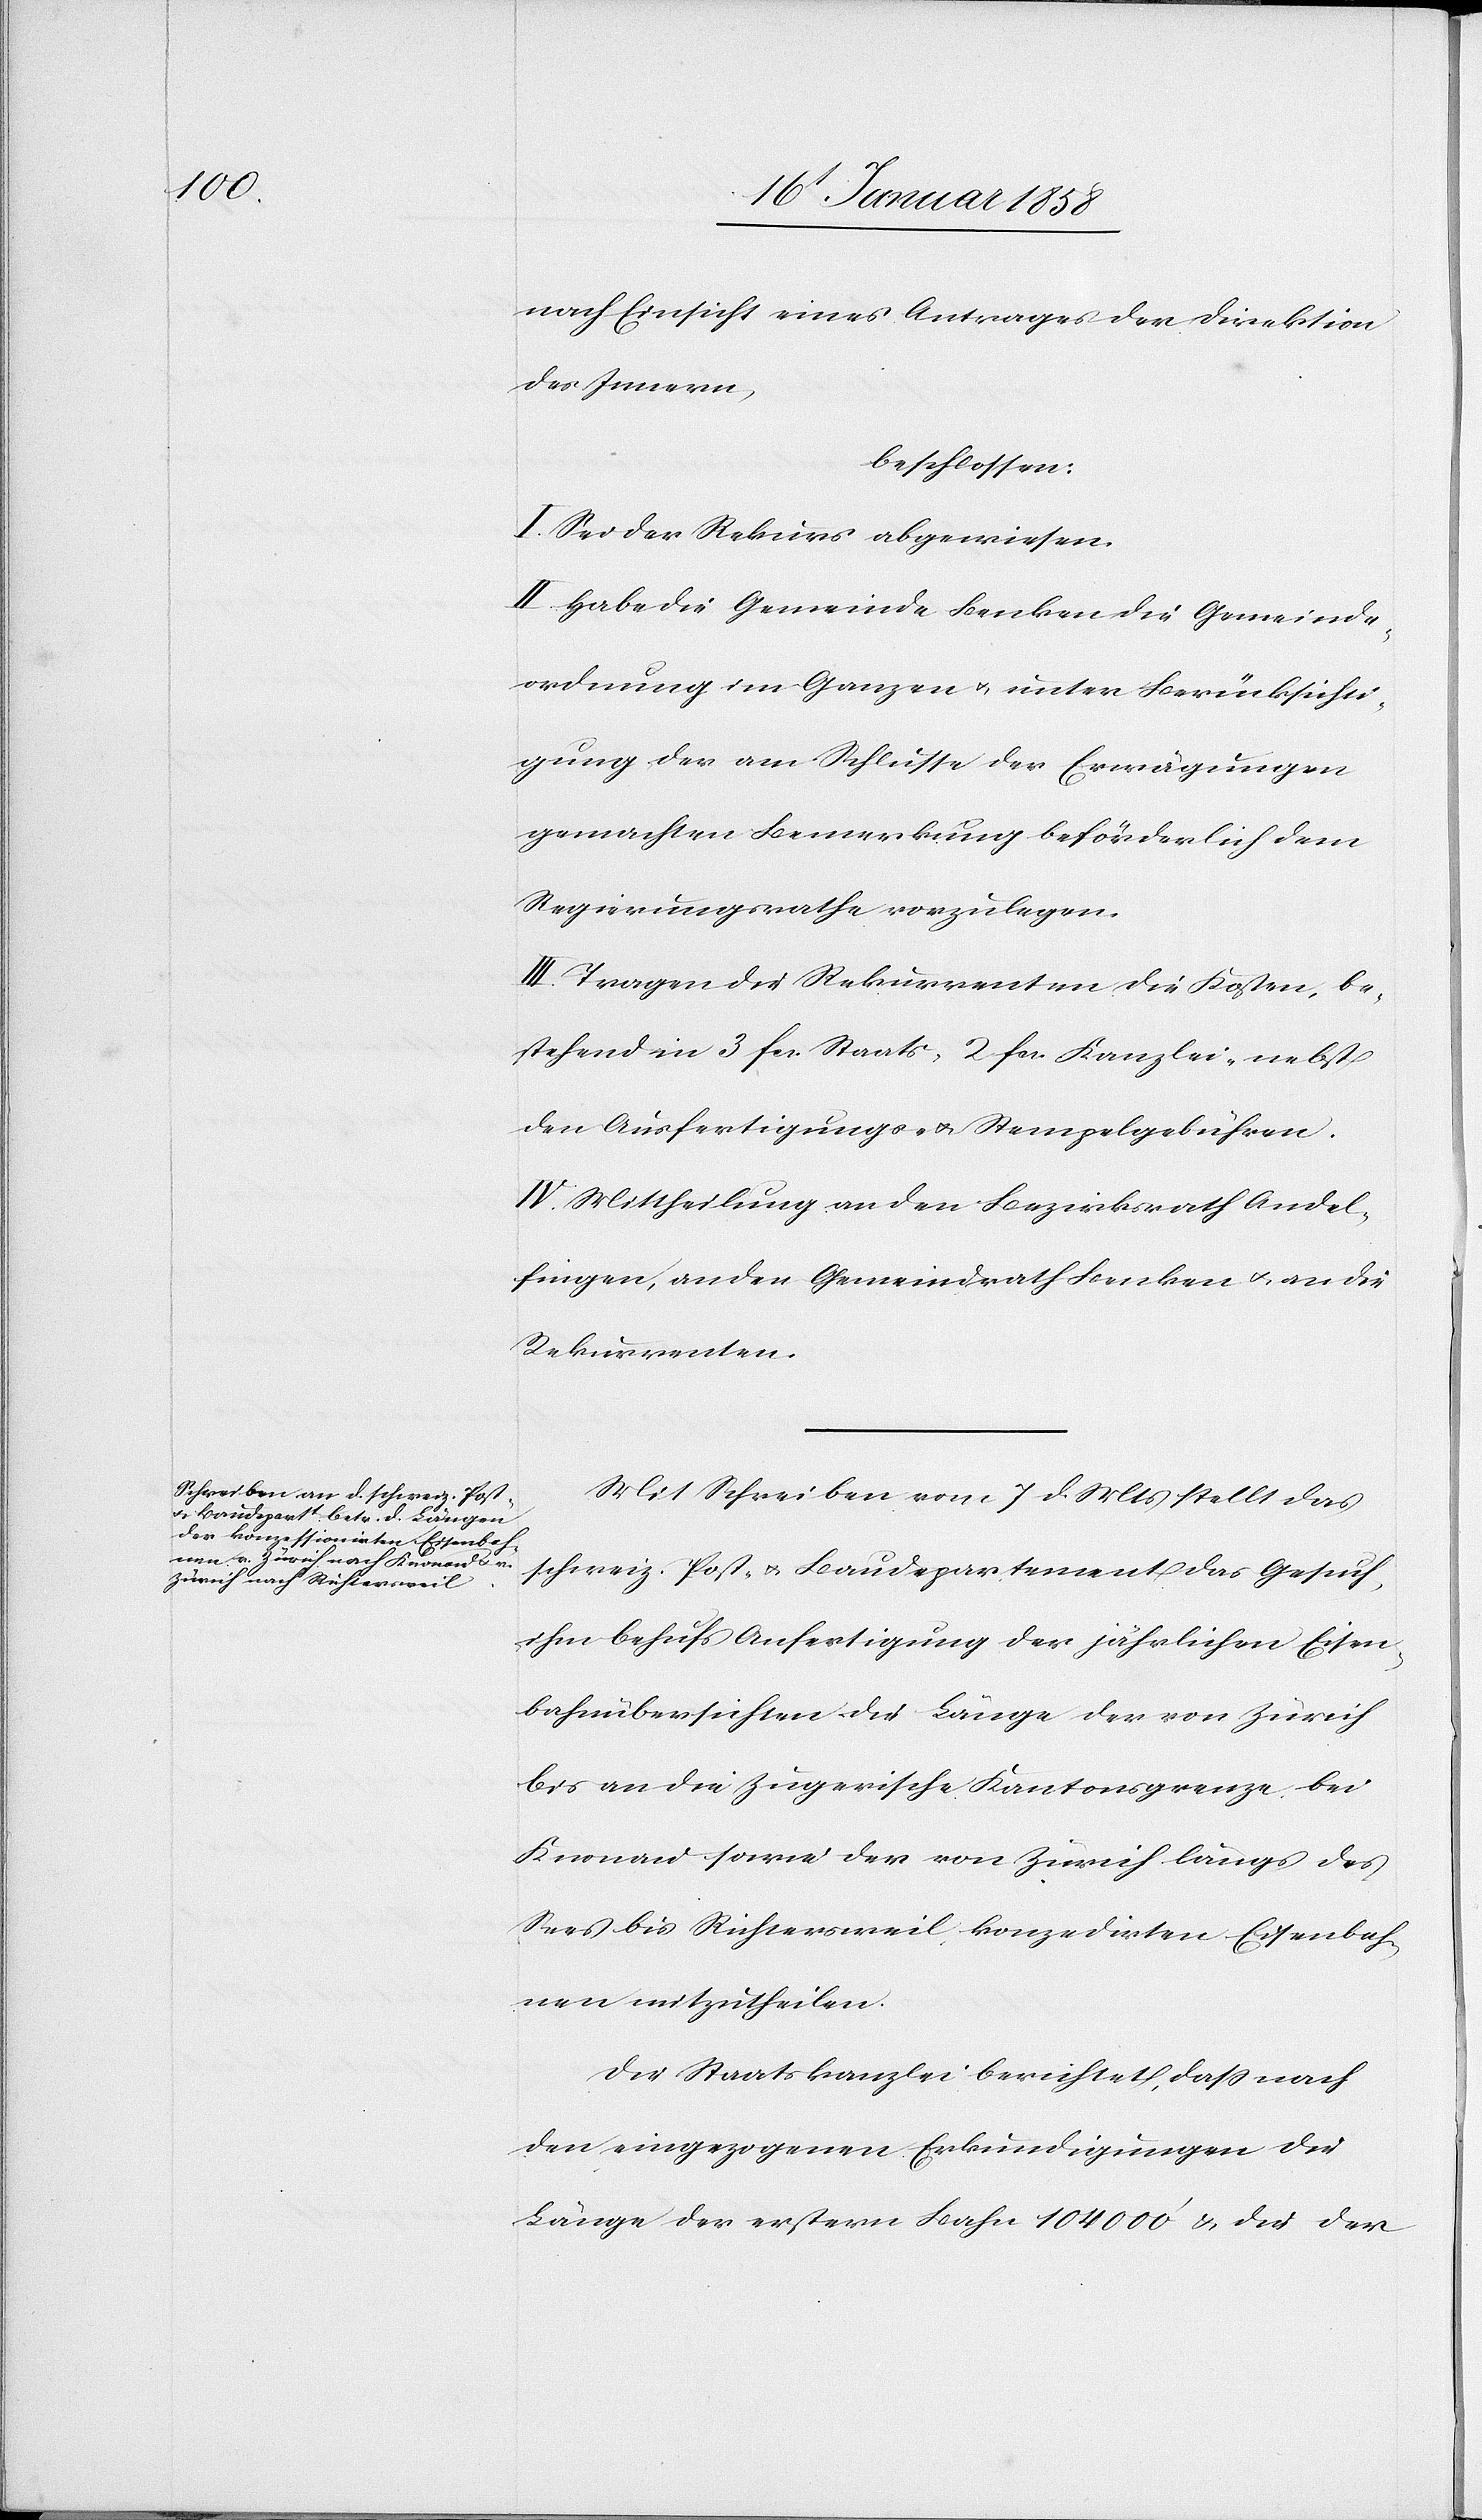
nach Einsicht eines Antrages der Direktion
des Innern,
beschlossen:
I. Sei der Rekurs abgewiesen:
II. Habe die Gemeinde Benken die Gemeinde¬
ordnung im Ganzen u. unter Berücksichti¬
gung der am Schlusse der Erwägungen
gemachten Bemerkungen beförderlich dem
Regierungsrathe vorzulegen.
III. Tagen die Rekurrenten die Kosten, be¬
stehend in 2 fr. Staats-[,] 2 fr. Kanzlei- nebst
den Ausfertigungs- u. Stempelgebühren.
IV. Mittheilung an den Bezirksrath Andel¬
fingen, an den Gemeindrath Benken u. an die
Rekurrenten.
Mit Schreiben vom 7 d. Mts. stellt das
schweiz. Post- u. Baudepartement das Gesuch,
ihm behufs Anfertigung der jährlichen Eisen¬
bahnübersichten die Länge der von Zürich
bis an die Zugerische Kantonsgrenze bei
Knonau sowie der von Zürich längs des
Sees bis Richtersweil konzedirten Eisenbah¬
nen mitzutheilen.
Die Staatskanzlei berichtet, daß nach
den eingezogenen Erkundigungen die
Länge der erstern Bahn 10 400’ u. die der